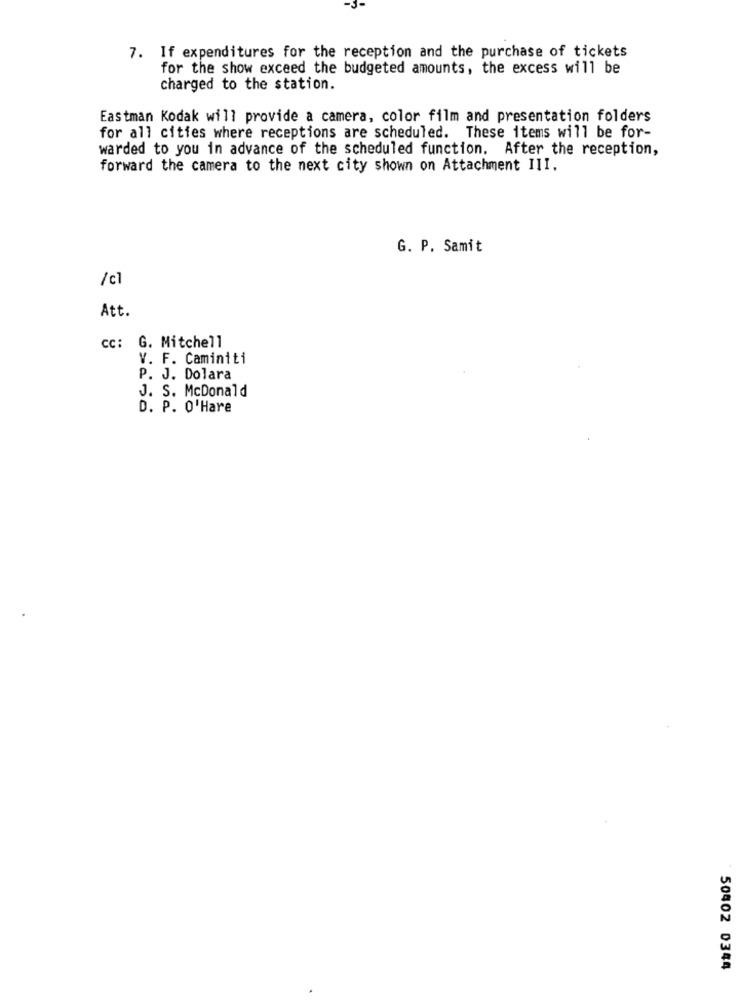
7. If expenditures for the reception and the purchase of tickets
for the show exceed the budgeted amounts, the excess will be
charged to the station.
Eastman Kodak will provide a camera, color film and presentation folders
for all cities where receptions are scheduled. These items will be for-
warded to you in advance of the scheduled function. After the reception,
forward the camera to the next city shown on Attachment III.
G. P. Samit
/ c
Att.
CC: G. Mitchell
V. F. Caminiti
P. J. Dolara
J. S. McDonald
D. P. O'Hare
50402 0344